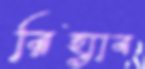
রিহ্যাব